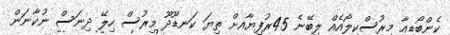
ކެންބޯޑިއާ މިރުސްކިލޯއެއް ލިބޭނެ 45ރުފިޔާއށް ތިޔަ ކަނޑޫދޫ މިރުސް ހިލޭ ދިނަސް ނުކާނަން